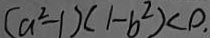
( a ^ { 2 } - 1 ) ( 1 - b ^ { 2 } ) < 0 ,